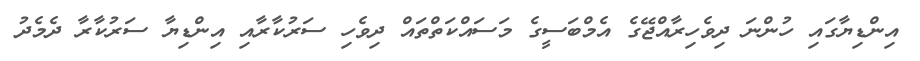
އިންޑިޔާގައި ހުންނަ ދިވެހިރާއްޖޭގެ އެމްބަސީގެ މަސައްކަތްތައް ދިވެހި ސަރުކާރާއި އިންޑިޔާ ސަރުކާރާ ދެމެދު